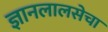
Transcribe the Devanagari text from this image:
ज्ञानलालसेचा